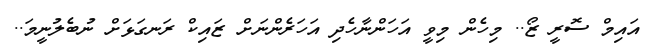
އައިމް ސޮރީ ޒޯ.. މިހެން މިވީ އަހަންނާހެދި އަހަރެންނަށް ޒައިކް ރަނގަޅަށް ނުބެލުނީމަ..